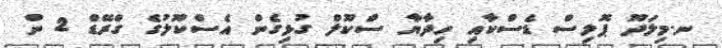
ނ.މިލަދޫ ޕޮލިސް ޑެސްކާއި ހިދާޔާ ސްކޫލް ގުޅިގެން އެސްކޫލުގެ ގްރޭޑް 2 ން